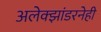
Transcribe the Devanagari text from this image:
अलेक्झांडरनेही